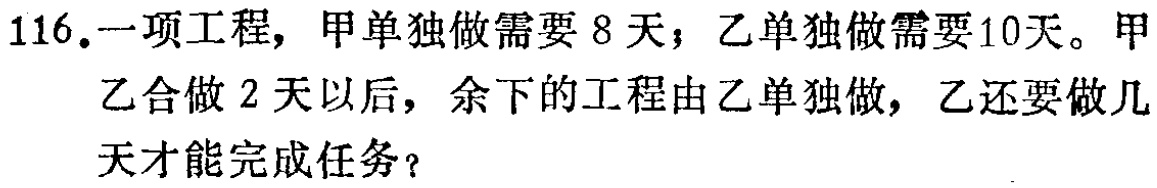
116.一项工程，甲单独做需要8天；乙单独做需要10天。甲乙合做2天以后，余下的工程由乙单独做，乙还要做几天才能完成任务？